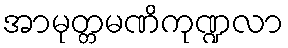
အာမုတ္တမဏိကုဏ္ဍလာ